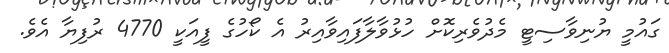
ގައުމީ ޔުނިވާސިޓީ މެދުވެރިކޮށް ހުޅުވާލާފައިވާއިރު އެ ކޯހުގެ ފީއަކީ 4770 ރުފިޔާ އެވެ.